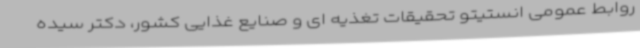
روابط عمومی انستیتو تحقیقات تغذیه ای و صنایع غذایی کشور، دکتر سیده